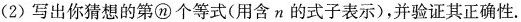
(2)写出你猜想的第n个等式(用含n的式子表示)，并验证其正确性.